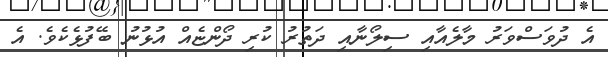
އެ ދުވަސްވަރު މާލެއާއި ސިލޯނާއި ދަތުރު ކުރި ދޯންޏެއް އުޅުނު ބޭފުޅެކެވެ. އެ